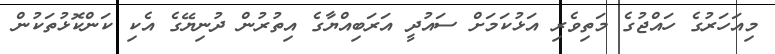
މިއަހަރުގެ ހައްޖުގެ މަތިވެރި އަޅުކަމަށް ސައުދީ އަރަބިއްޔާގެ އިތުރުން ދުނިޔޭގެ އެކި ކަންކޮޅުތަކުން